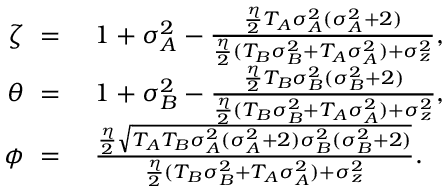
\begin{array} { r l } { \zeta ~ = } & { ~ 1 + \sigma _ { A } ^ { 2 } - \frac { \frac { \eta } { 2 } T _ { A } \sigma _ { A } ^ { 2 } ( \sigma _ { A } ^ { 2 } + 2 ) } { \frac { \eta } { 2 } ( T _ { B } \sigma _ { B } ^ { 2 } + T _ { A } \sigma _ { A } ^ { 2 } ) + \sigma _ { z } ^ { 2 } } , } \\ { \theta ~ = } & { ~ 1 + \sigma _ { B } ^ { 2 } - \frac { \frac { \eta } { 2 } T _ { B } \sigma _ { B } ^ { 2 } ( \sigma _ { B } ^ { 2 } + 2 ) } { \frac { \eta } { 2 } ( T _ { B } \sigma _ { B } ^ { 2 } + T _ { A } \sigma _ { A } ^ { 2 } ) + \sigma _ { z } ^ { 2 } } , } \\ { \phi ~ = } & { ~ \frac { \frac { \eta } { 2 } \sqrt { T _ { A } T _ { B } \sigma _ { A } ^ { 2 } ( \sigma _ { A } ^ { 2 } + 2 ) \sigma _ { B } ^ { 2 } ( \sigma _ { B } ^ { 2 } + 2 ) } } { \frac { \eta } { 2 } ( T _ { B } \sigma _ { B } ^ { 2 } + T _ { A } \sigma _ { A } ^ { 2 } ) + \sigma _ { z } ^ { 2 } } . } \end{array}